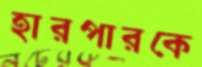
হারপারকে